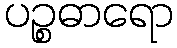
ပဉ္စဓာရော